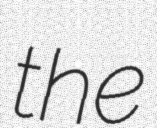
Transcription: the